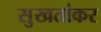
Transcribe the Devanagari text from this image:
सुखतांकर